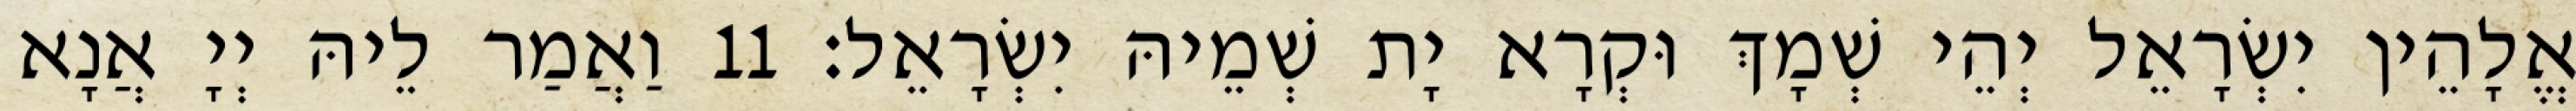
אֱלָהֵין יִשְׂרָאֵל יְהֵי שְׁמָךְ וּקְרָא יָת שְׁמֵיהּ יִשְׂרָאֵל׃ 11 וַאֲמַר לֵיהּ יְיָ אֲנָא